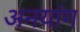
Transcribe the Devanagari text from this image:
अनयांग